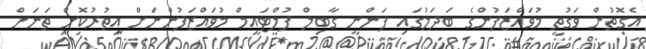
އެގޮތުން ވަގުތީ މުވައްޒަފުންގެ ބަދަލުގައި ފަންނީ ގާބިލް ފުލްޓައިމް މުވައްޒަފުންނަށް އިތުރުކޮށް ތަނަށް